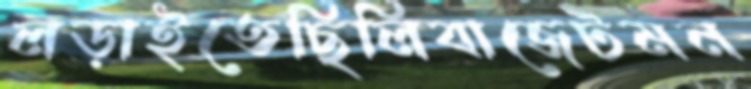
লড়াইতেছিলিবাজেটমন